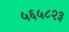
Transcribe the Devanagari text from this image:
५६५८२३